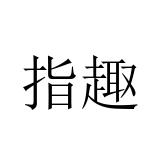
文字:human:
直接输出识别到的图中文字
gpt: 指趣